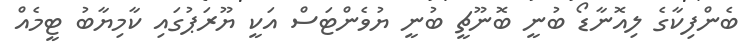
ބެންފިކާގެ ލިއޮނާޑޯ ބުނީ ބޮނޫޗީ ބުނީ ޔުވެންޓަސް އަކީ ޔޫރަޕުގައި ކާމިޔާބު ޓީމެއް